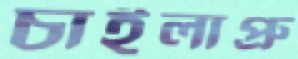
চাইলাপ্রু